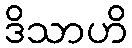
ဒိသာဟိ